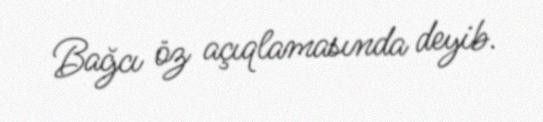
Bağcı öz açıqlamasında deyib.